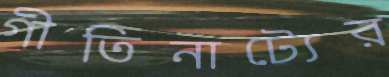
গীতিনাট্যের